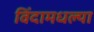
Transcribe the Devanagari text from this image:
विंदामधल्या